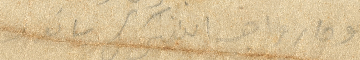
وصار واجب اشكركي يا نور